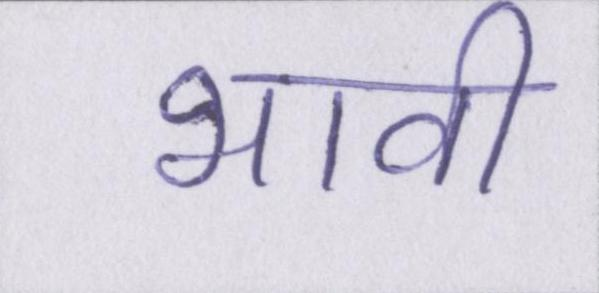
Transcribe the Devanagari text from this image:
भावी